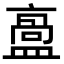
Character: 𥂡